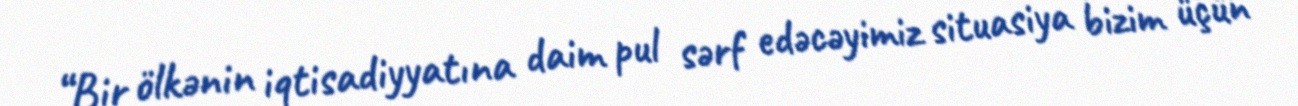
“Bir ölkənin iqtisadiyyatına daim pul sərf edəcəyimiz situasiya bizim üçün